Scottish Leaving Certificate Examination, 1960
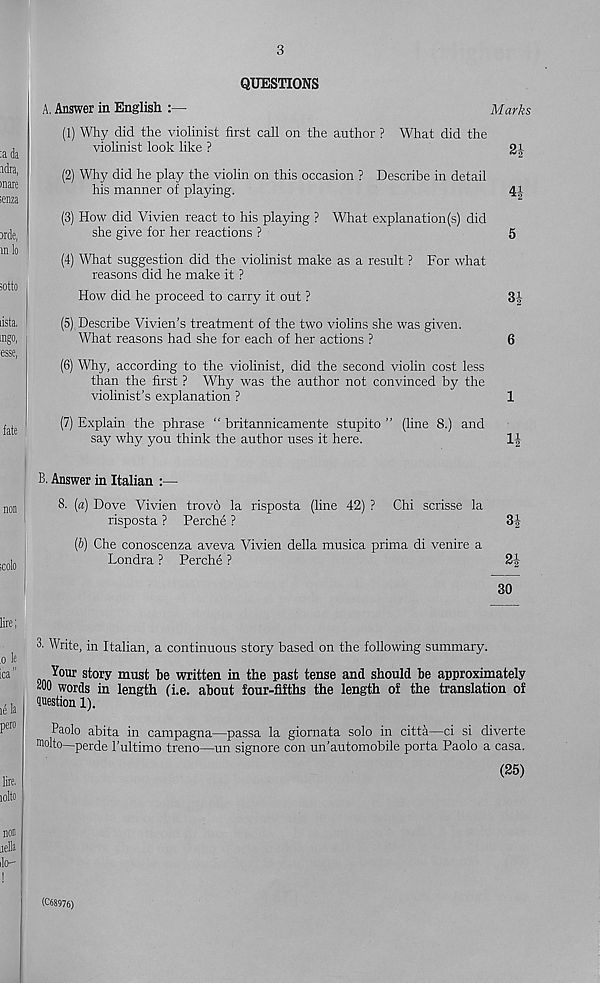
3
QUESTIONS
A. Answer in English
Marks
(1) Why did the violinist first call on the author ? What did the
violinist look like ?
gi
(2) Why did he play the violin on this occasion ? Describe in detail
his manner of playing.
41
(3) How did Vivien react to his playing ? What explanation (s) did
she give for her reactions ?
5
(4) What suggestion did the violinist make as a result ? For what
reasons did he make it ?
How did he proceed to carry it out ?
3£
(5) Describe Vivien’s treatment of the two violins she was given.
What reasons had she for each of her actions ?
6
(6) Why, according to the violinist, did the second violin cost less
than the first ? Why was the author not convinced by the
violinist’s explanation ?
1
(7) Explain the phrase “ britannicamente stupito ” (line 8.) and
say why you think the author uses it here.
1|
B. Answer in Italian :—
8. (a) Dove Vivien trovo la risposta (line 42) ? Chi scrisse la
risposta ? Perche ?
3f
(b) Che conoscenza aveva Vivien della musica prima di venire a
Londra ? Perche ?
30
3. Write, in Italian, a continuous story based on the following summary.
Your story must be written in the past tense and should be approximately
"00 words in length (i.e. about four-fifths the length of the translation of
Question 1).
Paolo abita in campagna—passa la giornata solo in citta—ci si diverte
molto—perde I’ultimo treno—un signore con un’automobile porta Paolo a casa.
(25)
(C68976)